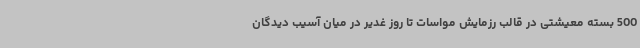
500 بسته معیشتی در قالب رزمایش مواسات تا روز غدیر در میان آسیب دیدگان